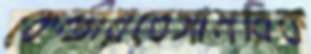
কেন্দ্রীয়বেসামরিক